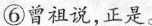
⑥曾祖说，正是。